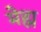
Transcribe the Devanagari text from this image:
मेह्म